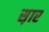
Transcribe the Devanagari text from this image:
स़ार